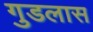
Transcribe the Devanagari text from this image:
गुडलास